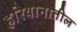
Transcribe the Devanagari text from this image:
हरियानातील